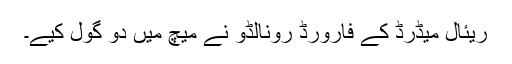
ریئال میڈرڈ کے فارورڈ رونالڈو نے میچ میں دو گول کیے۔